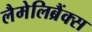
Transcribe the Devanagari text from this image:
लैमेलिब्रैंक्स